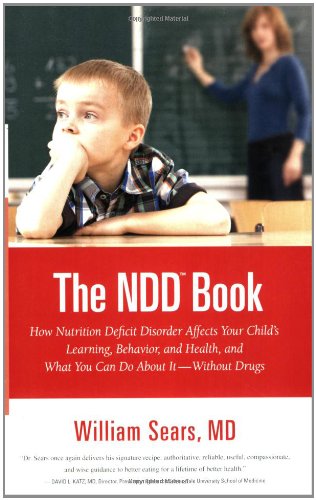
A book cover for The N.D.D. Book: How Nutrition Deficit Disorder Affects Your Child's Learning, Behavior, and Health, and What You Can Do About It--Without Drugs (Sears Parenting Library); William Sears; Medical Books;